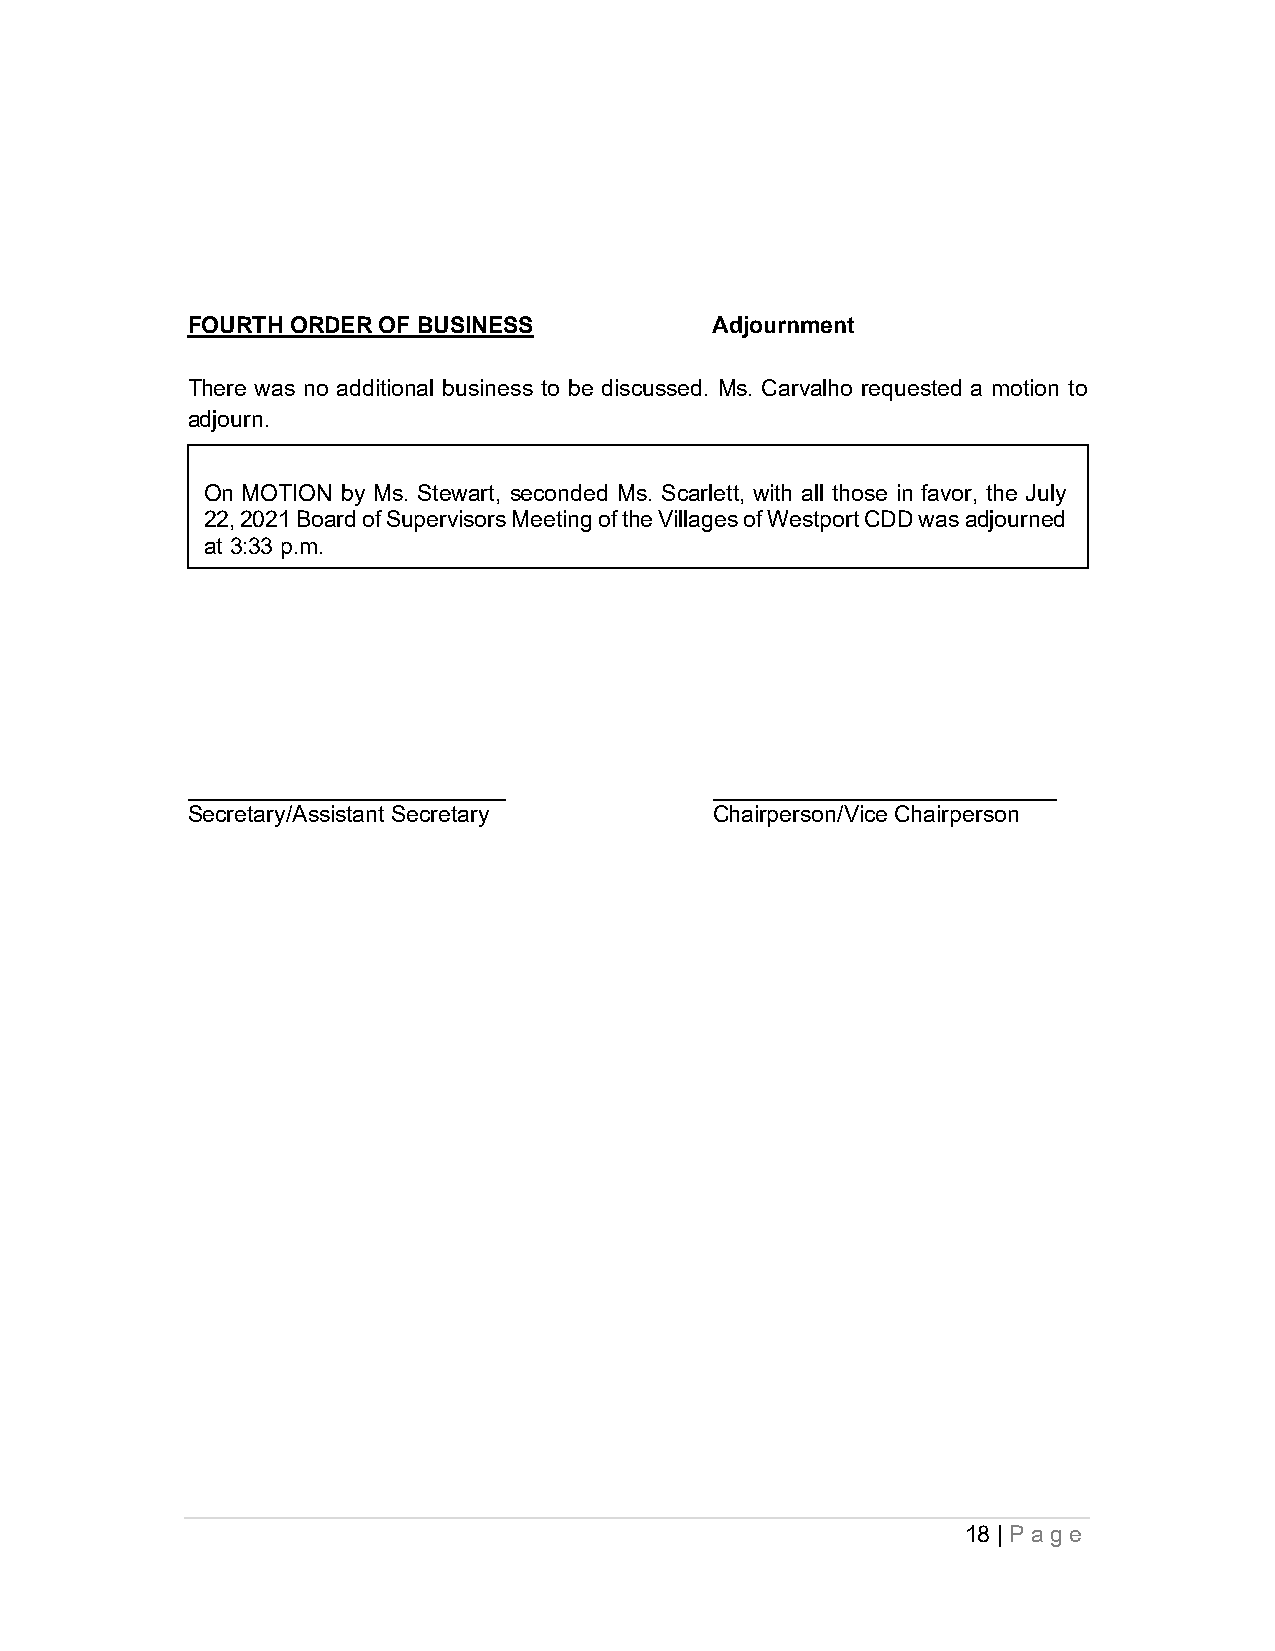
FOURTH ORDER OF BUSINESS           Adjournment
 There was no additional business to be discussed. Ms. Carvalho requested a motion to
 adjourn.
 On MOTION by Ms. Stewart, seconded Ms. Scarlett, with all those in favor, the July
 22, 2021 Board of Supervisors Meeting of the Villages of Westport CDD was adjourned
 at 3:33 p.m.
 _________________________          ___________________________
 Secretary/Assistant Secretary      Chairperson/Vice Chairperson
 18 | Pa ge